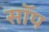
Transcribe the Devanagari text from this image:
सॉप